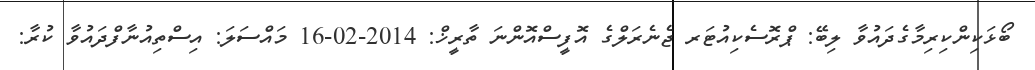
ބޯޅަކިންކިރިމާގެދައުވާ ލިބޭ: ޕްރޮސެކިއުޓަރ ޖެނެރަލްގެ އޮފީސްއޮންނަ ތާރީޚް: 2014-02-16 މައްސަލަ: އިސްތިއުނާފްދައުވާ ކުރާ: